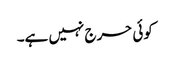
کوئی حرج نہیں ہے۔